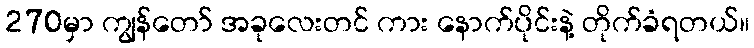
270မှာ ကျွန်တော် အခုလေးတင် ကား နောက်ပိုင်းနဲ့ တိုက်ခံရတယ်။